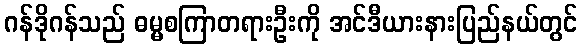
ဂန်ဒိုဂန်သည် ဓမ္မစကြာတရားဦးကို အင်ဒီယားနားပြည်နယ်တွင်